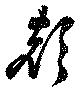
声